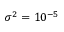
\sigma ^ { 2 } = 1 0 ^ { - 5 }